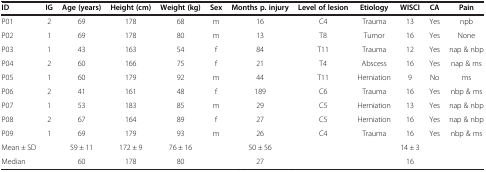
| ID | IG | Age (years) | Height (cm) | Weight (kg) | Sex | Months p. injury | Level of lesion | Etiology | WISCI | CA | Pain |
 | --- | --- | --- | --- | --- | --- | --- | --- | --- | --- | --- | --- |
 | P01 | 2 | 69 | 178 | 68 | m | 16 | C4 | Trauma | 13 | Yes | npb |
 | P02 | 1 | 69 | 178 | 80 | m | 13 | T8 | Tumor | 16 | Yes | None |
 | P03 | 1 | 43 | 163 | 54 | f | 84 | T11 | Trauma | 12 | Yes | nap & nbp |
 | P04 | 2 | 60 | 166 | 75 | f | 21 | T4 | Abscess | 16 | Yes | nap & ms |
 | P05 | 1 | 60 | 179 | 92 | m | 44 | T11 | Herniation | 9 | No | ms |
 | P06 | 2 | 41 | 161 | 48 | f | 189 | C6 | Trauma | 16 | Yes | nbp & ms |
 | P07 | 1 | 53 | 183 | 85 | m | 29 | C5 | Herniation | 13 | Yes | nap & nbp |
 | P08 | 2 | 67 | 164 | 89 | f | 27 | C5 | Herniation | 16 | Yes | nap & nbp |
 | P09 | 1 | 69 | 179 | 93 | m | 26 | C4 | Trauma | 16 | Yes | nbp & ms |
 | Mean ± SD |  | 59 ± 11 | 172 ± 9 | 76 ± 16 |  | 50 ± 56 |  |  | 14 ± 3 |  |  |
 | Median |  | 60 | 178 | 80 |  | 27 |  |  | 16 |  |  |